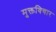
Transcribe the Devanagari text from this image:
मुक्तविचार